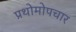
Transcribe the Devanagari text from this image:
प्रथोमोपचार